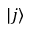
{ | j \rangle }